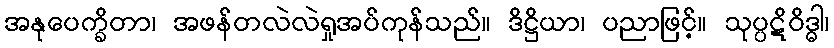
အနုပေက္ခိတာ၊ အဖန်တလဲလဲရှုအပ်ကုန်သည်။ ဒိဋ္ဌိယာ၊ ပညာဖြင့်။ သုပ္ပဋိဝိဒ္ဓါ၊